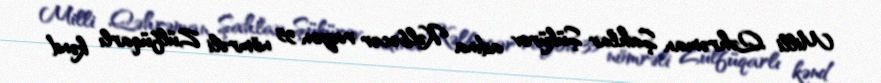
Milli Qəhrəman Şahlar Şükürov adına Kəlbəcər rayon 35 nömrəli Zülfüqarlı kənd